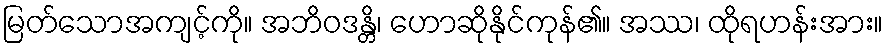
မြတ်သောအကျင့်ကို။ အဘိဝဒန္တိ၊ ဟောဆိုနိုင်ကုန်၏။ အဿ၊ ထိုရဟန်းအား။